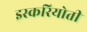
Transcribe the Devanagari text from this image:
इस्करियोती